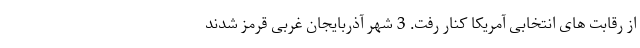
از رقابت های انتخابی آمریکا کنار رفت. 3 شهر آذربایجان غربی قرمز شدند